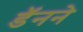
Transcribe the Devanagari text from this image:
डॅनने